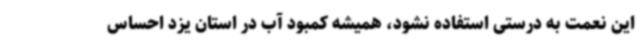
این نعمت به درستی استفاده نشود، همیشه کمبود آب در استان یزد احساس